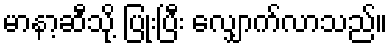
မာနာ့ဆီသို့ ပြုံးပြီး လျှောက်လာသည်။